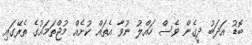
ބޮޑު އަދަބު ދީގެން ވެސް ހައްލު ނުވާ އެތައް ކުށެއް މުޖްތަމައުގެ ތެރޭގައި